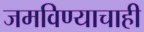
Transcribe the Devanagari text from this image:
जमविण्याचाही